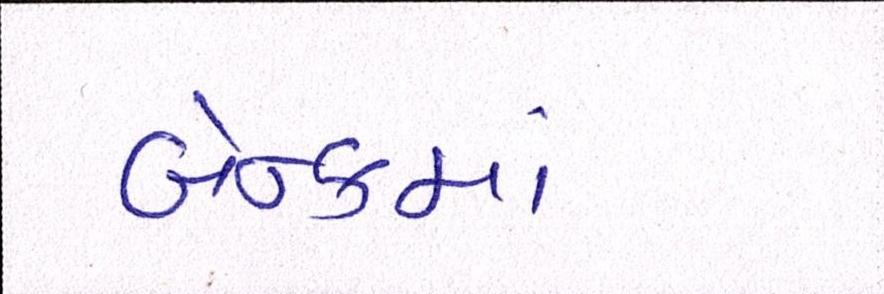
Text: બેન્કમાં